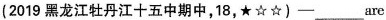
(2019黑龙江牡丹江十五中期中,18,★☆☆)——___are